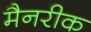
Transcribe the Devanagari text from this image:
मैनरीक